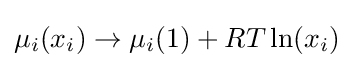
\mu _{i}(x_{i})\rightarrow \mu _{i}(1)+RT\ln(x_{i})